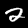
Label: 2